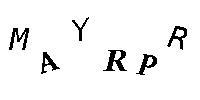
MAYRPR